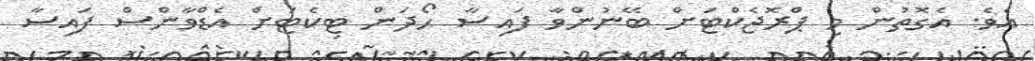
އެވެ. އެގޮޮތުން މި ޕްރޮޖެކްޓަށް ބޭނުންވާ ފައިސާ ހޯދަން ޓިކެޓަށް އެޑްވާންސް ފައިސާ